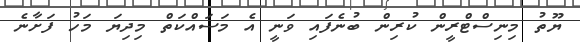
ޔޫތު މިނިސްޓްރީން ކުރިން ބުނެފައި ވަނީ އެ މަސައްކަތް މިދިޔަ މަހު ފަށާނެ